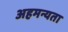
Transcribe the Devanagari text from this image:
अहमन्यता